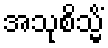
အသုစိသ္မိံ